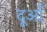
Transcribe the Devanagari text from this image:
दूआँ